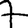
Digit: 7